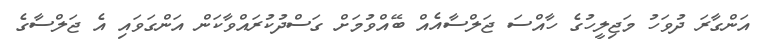
އަންގާރަ ދުވަހު މަޖިލީހުގެ ހާއްސަ ޖަލްސާއެއް ބޭއްވުމަށް ގަސްދުކުރައްވާކަން އަންގަވައި އެ ޖަލްސާގެ